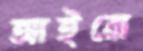
আইরো